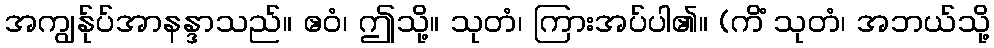
အကျွန်ုပ်အာနန္ဒာသည်။ ဧဝံ၊ ဤသို့။ သုတံ၊ ကြားအပ်ပါ၏။ (ကိံ သုတံ၊ အဘယ်သို့